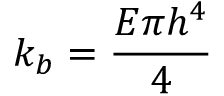
k _ { b } = \frac { E \pi h ^ { 4 } } { 4 }